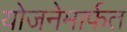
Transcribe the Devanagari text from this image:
योजनेमार्फत